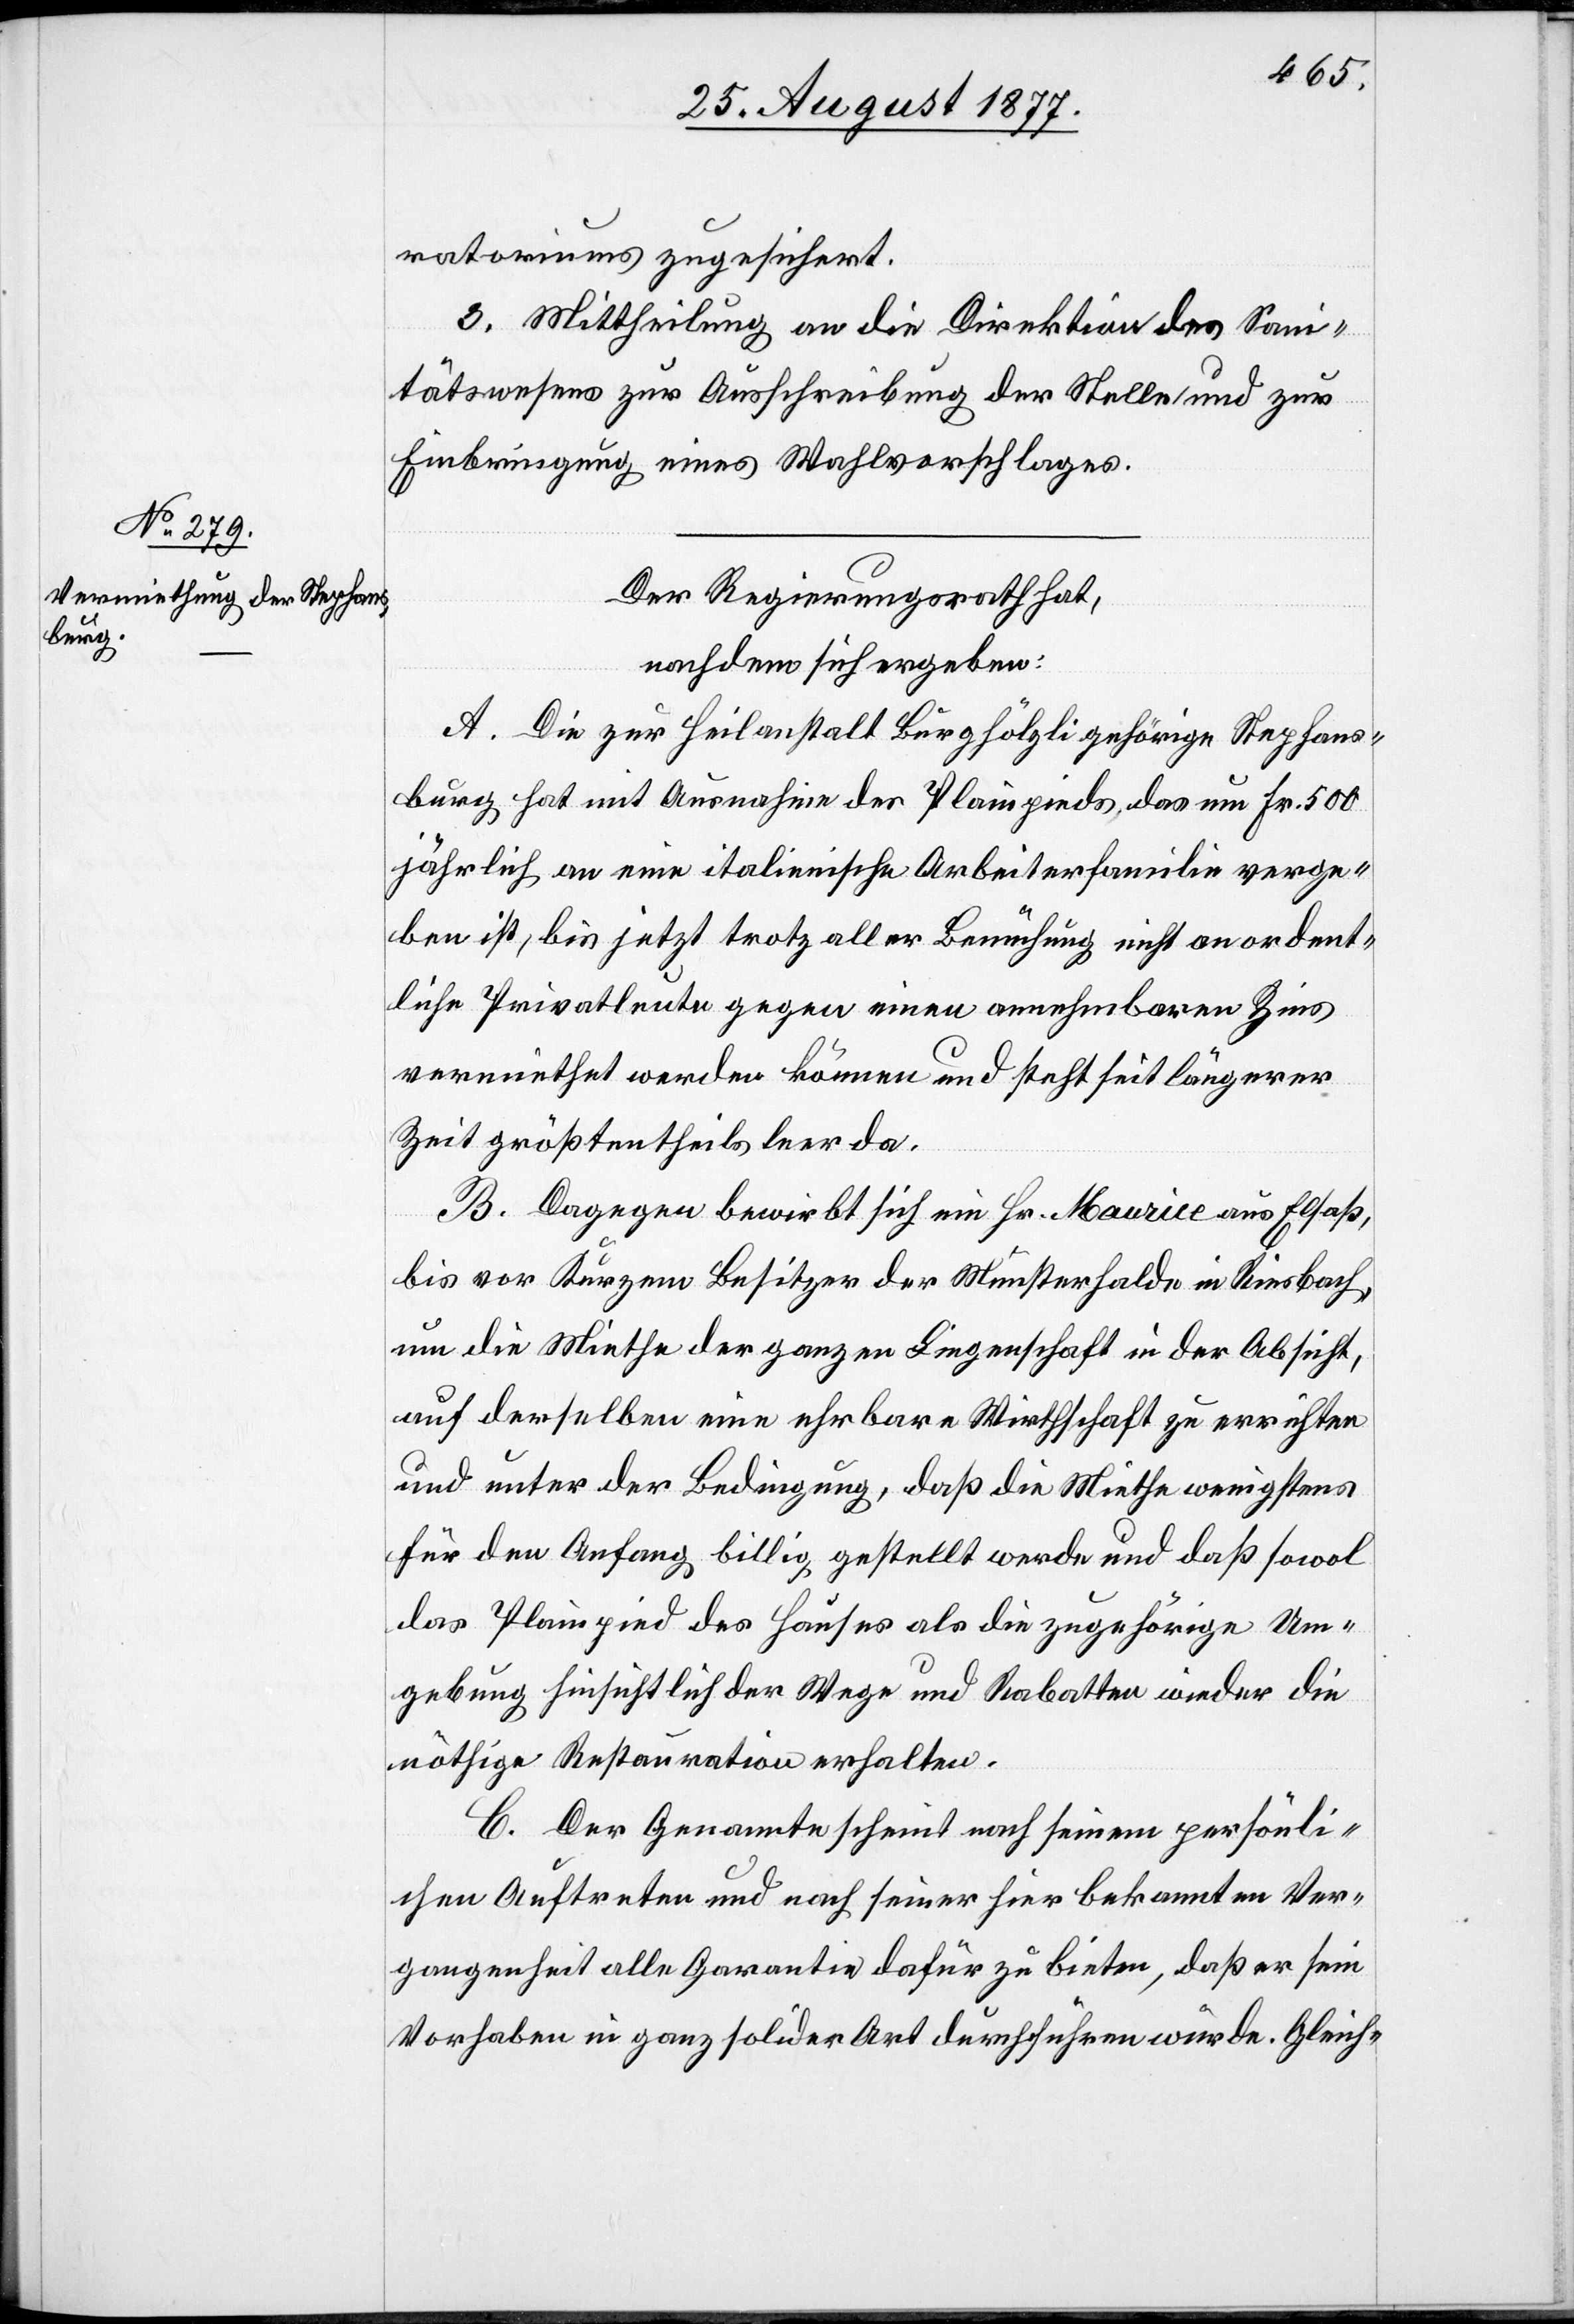
ratoriums zugesichert.
3. Mittheilung an die Direktion des Sani¬
tätswesens zur Ausschreibung der Stelle und zur
Einbringung eines Wahlvorschlages.
Der Regierungsrath hat,
nachdem sich ergeben:
A. Die zur Heilanstalt Burghölzli gehörige Stephans¬
burg hat mit Ausnahme des Plainpieds, das um Fr. 500
jährlich an eine italienische Arbeiterfamilie verge¬
ben ist, bis jetzt trotz aller Bemühung nicht an ordent¬
liche Privatleute gegen einen annehmbaren Zins
vermiethet werden können und steht seit längerer
Zeit größtentheils leer da.
B. Dagegen bewirbt sich ein Hr. Maurice aus Elsaß,
bis vor Kurzem Besitzer der Münsterhalde in Riesbach,
um die Miethe der ganzen Liegenschaft in der Absicht,
auf derselben eine ehrbare Wirthschaft zu errichten
und unter der Bedingung, daß die Miethe wenigstens
für den Anfang billig gestellt werde und daß sowol
das Plainpied des Hauses als die zugehörige Um¬
gebung hinsichtlich der Wege und Rabatten wieder die
nöthige Restauration erhalten.
C. Der Genannte scheint nach seinem persönli¬
chen Auftreten und nach seiner hier bekannten Ver¬
gangenheit alle Garantie dafür zu bieten, daß er sein
Vorhaben in ganz solider Art durchführen würde. Gleich-